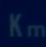
K_{m}